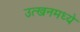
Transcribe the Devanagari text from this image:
उत्खनमध्ये